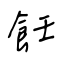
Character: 飪